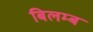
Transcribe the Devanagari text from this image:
बिलम्‍ब